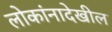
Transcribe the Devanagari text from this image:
लोकांनादेखील